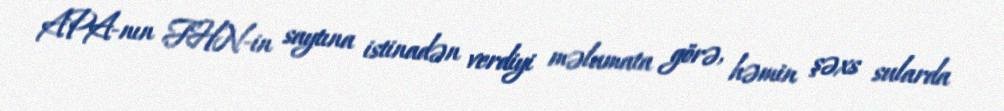
APA-nın FHN-in saytına istinadən verdiyi məlumata görə, həmin şəxs sularda